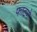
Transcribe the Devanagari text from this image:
फाटणे